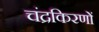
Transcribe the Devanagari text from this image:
चंद्रकिरणों